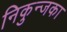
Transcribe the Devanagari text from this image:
निकुन्जका